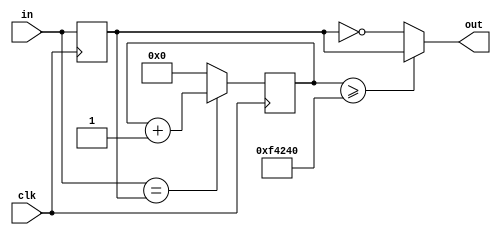
module debounce(clk,in,out);
input  clk,in;
output out;

integer cnt;
reg state;

always @ (posedge clk) 
begin
if (in==state) cnt = cnt + 1'b1;
else cnt <= 0;

state<=in;
end
assign out= (cnt>=1000000) ? state : ~state;


endmodule